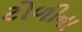
ટોળીના